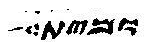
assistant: ומית